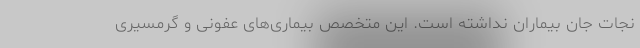
نجات جان بیماران نداشته است. این متخصص بیماری‌های عفونی و گرمسیری